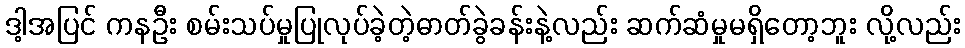
ဒါ့အပြင် ကနဦး စမ်းသပ်မှုပြုလုပ်ခဲ့တဲ့ဓာတ်ခွဲခန်းနဲ့လည်း ဆက်ဆံမှုမရှိတော့ဘူး လို့လည်း